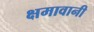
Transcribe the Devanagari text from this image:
क्षमावानी